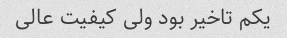
یکم تاخیر بود ولى کیفیت عالى